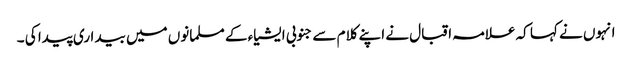
انہوں نے کہا کہ علامہ اقبال نے اپنے کلام سے جنوبی ایشیاء کے مسلمانوں میں بیداری پیدا کی ۔